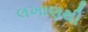
લખાણથી